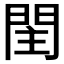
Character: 𨳳